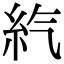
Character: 𥾨